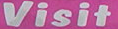
Visit